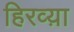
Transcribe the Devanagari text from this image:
हिरव्य़ा